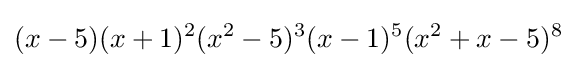
(x-5)(x+1)^{2}(x^{2}-5)^{3}(x-1)^{5}(x^{2}+x-5)^{8}